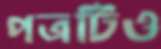
পত্রটিও